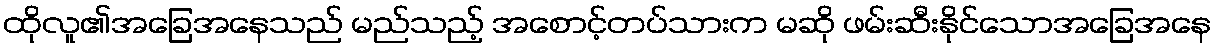
ထိုလူ၏အခြေအနေသည် မည်သည့် အစောင့်တပ်သားက မဆို ဖမ်းဆီးနိုင်သောအခြေအနေ